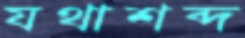
যথাশব্দ